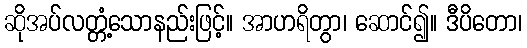
ဆိုအပ်လတ္တံ့သောနည်းဖြင့်။ အာဟရိတွာ၊ ဆောင်၍။ ဒီပိတော၊